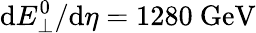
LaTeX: \mathrm{d}E_{\perp}^{0}/\mathrm{d}\eta=1280\ \mathrm{{GeV}}